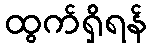
ထွက်ရှိရန်